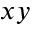
x y